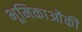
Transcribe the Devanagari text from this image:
भूमिकाओंकी